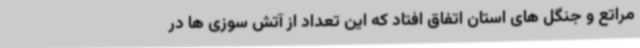
مراتع و جنگل های استان اتفاق افتاد که این تعداد از آتش سوزی ها در